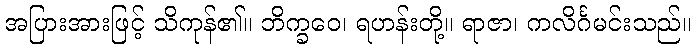
အပြားအားဖြင့် သိကုန်၏။ ဘိက္ခဝေ၊ ရဟန်းတို့။ ရာဇာ၊ ကလိင်္ဂမင်းသည်။